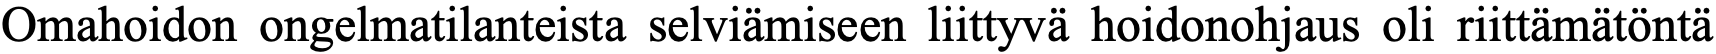
Omahoidon ongelmatilanteista selviämiseen liittyvä hoidonohjaus oli riittämätöntä